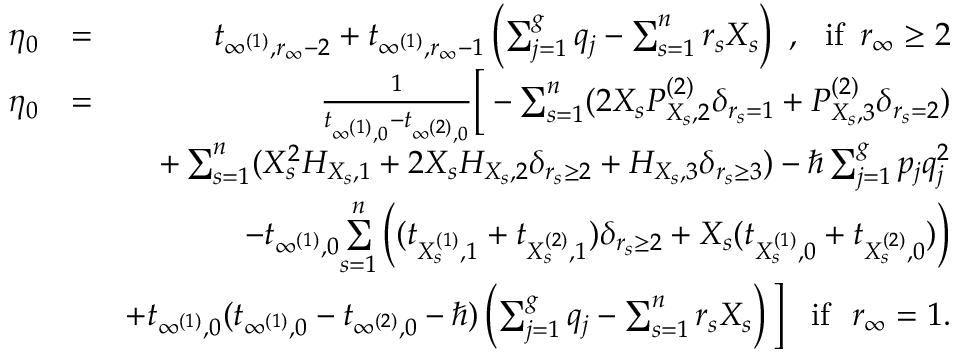
\begin{array} { r l r } { \eta _ { 0 } } & { = } & { t _ { \infty ^ { ( 1 ) } , r _ { \infty } - 2 } + t _ { \infty ^ { ( 1 ) } , r _ { \infty } - 1 } \left( \sum _ { j = 1 } ^ { g } q _ { j } - \sum _ { s = 1 } ^ { n } r _ { s } X _ { s } \right) \, \, , \, \, \mathrm { ~ i f ~ } \, r _ { \infty } \geq 2 } \\ { \eta _ { 0 } } & { = } & { \frac { 1 } { t _ { \infty ^ { ( 1 ) } , 0 } - t _ { \infty ^ { ( 2 ) } , 0 } } \Big [ - \sum _ { s = 1 } ^ { n } ( 2 X _ { s } P _ { X _ { s } , 2 } ^ { ( 2 ) } \delta _ { r _ { s } = 1 } + P _ { X _ { s } , 3 } ^ { ( 2 ) } \delta _ { r _ { s } = 2 } ) } \\ & { } & { + \sum _ { s = 1 } ^ { n } ( X _ { s } ^ { 2 } H _ { X _ { s } , 1 } + 2 X _ { s } H _ { X _ { s } , 2 } \delta _ { r _ { s } \geq 2 } + H _ { X _ { s } , 3 } \delta _ { r _ { s } \geq 3 } ) - \hbar \sum _ { j = 1 } ^ { g } p _ { j } q _ { j } ^ { 2 } } \\ & { } & { - t _ { \infty ^ { ( 1 ) } , 0 } \underset { s = 1 } { \overset { n } { \sum } } \left( ( t _ { X _ { s } ^ { ( 1 ) } , 1 } + t _ { X _ { s } ^ { ( 2 ) } , 1 } ) \delta _ { r _ { s } \geq 2 } + X _ { s } ( t _ { X _ { s } ^ { ( 1 ) } , 0 } + t _ { X _ { s } ^ { ( 2 ) } , 0 } ) \right) } \\ & { } & { + t _ { \infty ^ { ( 1 ) } , 0 } ( t _ { \infty ^ { ( 1 ) } , 0 } - t _ { \infty ^ { ( 2 ) } , 0 } - \hbar ) \left( \sum _ { j = 1 } ^ { g } q _ { j } - \sum _ { s = 1 } ^ { n } r _ { s } X _ { s } \right) \Big ] \, \, \, \mathrm { ~ i f ~ } \, \, r _ { \infty } = 1 . } \end{array}